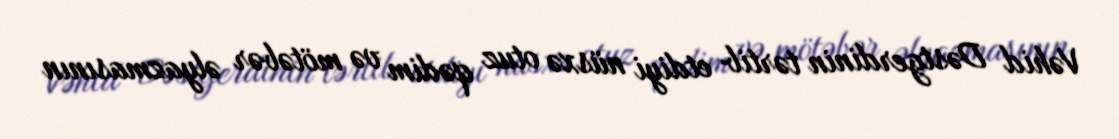
Vəhid Dəstgerdinin tərtib etdiyi nüsxə otuz qədim və mötəbər əlyazmasının